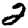
Digit: 2